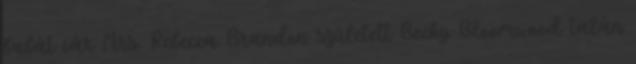
babát vár Mrs. Rebecca Brandon született Becky Bloomwood talán